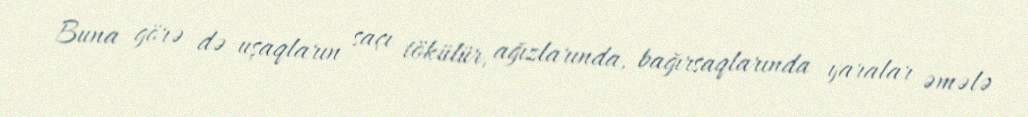
Buna görə də uşaqların saçı tökülür, ağızlarında, bağırsaqlarında yaralar əmələ